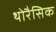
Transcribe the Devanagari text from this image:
थोरैसिक